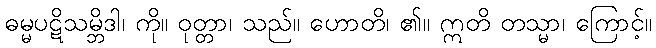
ဓမ္မပဋိသမ္ဘိဒါ၊ ကို။ ဝုတ္တာ၊ သည်။ ဟောတိ၊ ၏။ ဣတိ တသ္မာ၊ ကြောင့်။